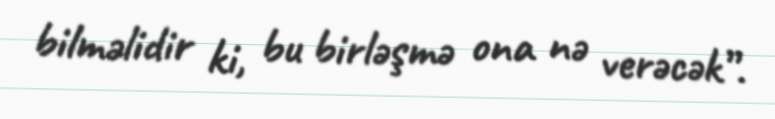
bilməlidir ki, bu birləşmə ona nə verəcək”.